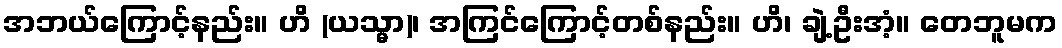
အဘယ်ကြောင့်နည်း။ ဟိ (ယသ္မာ)၊ အကြင်ကြောင့်တစ်နည်း။ ဟိ၊ ချဲ့ဦးအံ့။ တေဘူမက